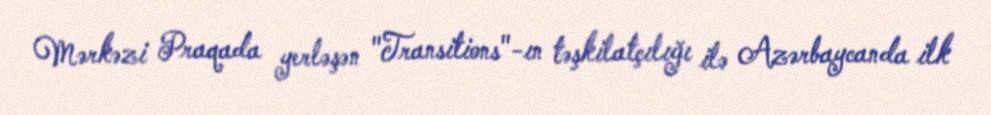
Mərkəzi Praqada yerləşən "Transitions"-ın təşkilatçılığı ilə Azərbaycanda ilk